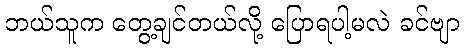
ဘယ်သူက တွေ့ချင်တယ်လို့ ပြောရပါ့မလဲ ခင်ဗျာ